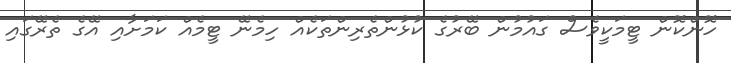
ހޮންކޮން ޓީމަކީވެސް ގައުމުން ބޭރުގެ ކުޅުންތެރިންތަކެއް ހިމެނޭ ޓީމެއް ކަމަށާއި އޭގެ ތެރޭގައި